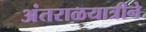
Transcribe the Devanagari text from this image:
अंतराळयात्रीने